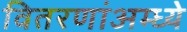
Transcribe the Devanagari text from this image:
वितरणांअम्ध्ये